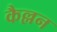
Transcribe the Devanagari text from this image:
कैल्लन